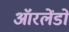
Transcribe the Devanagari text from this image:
ऑरलेंडो